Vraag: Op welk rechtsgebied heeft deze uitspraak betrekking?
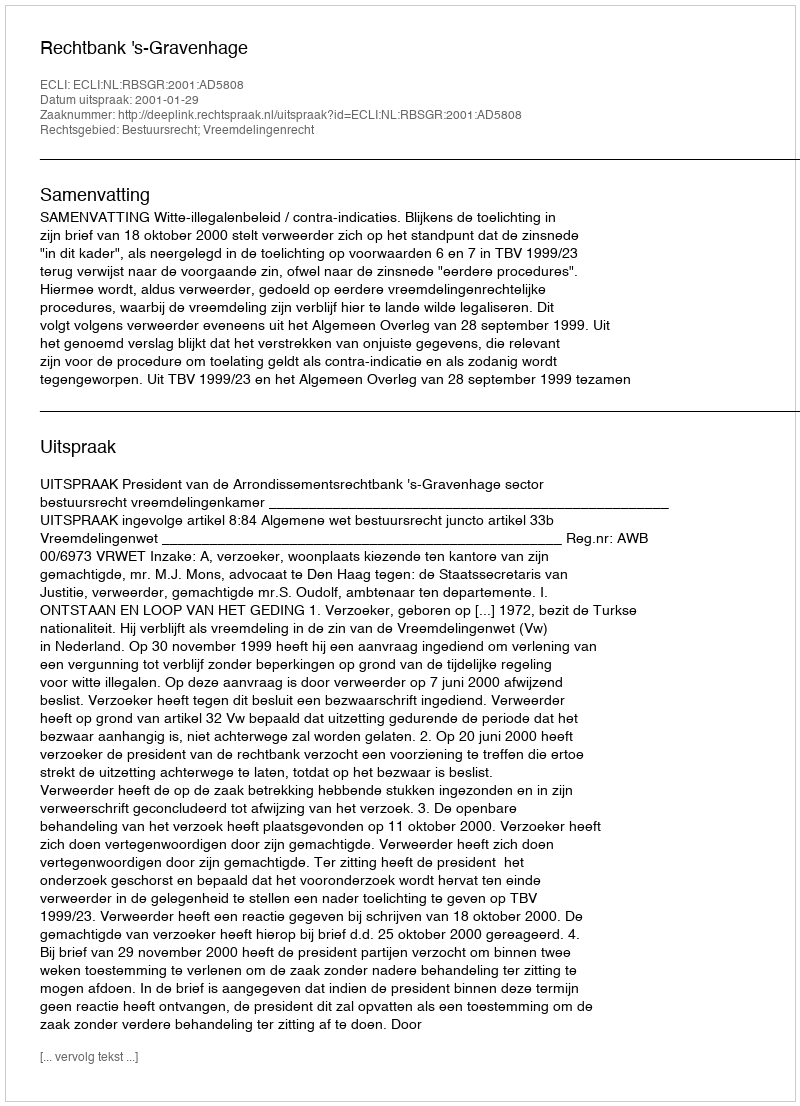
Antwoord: Bestuursrecht; Vreemdelingenrecht